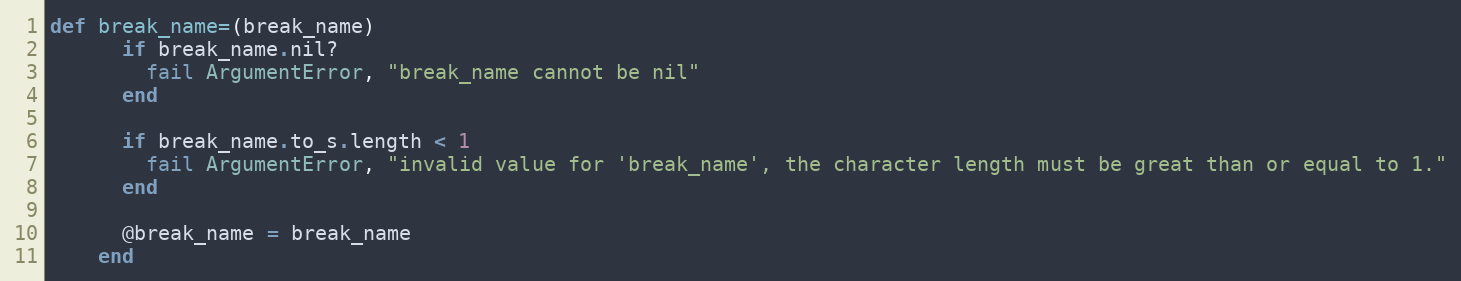
Language: Ruby
def break_name=(break_name)
      if break_name.nil?
        fail ArgumentError, "break_name cannot be nil"
      end

      if break_name.to_s.length < 1
        fail ArgumentError, "invalid value for 'break_name', the character length must be great than or equal to 1."
      end

      @break_name = break_name
    end